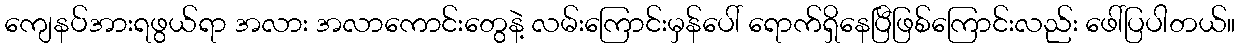
ကျေနပ်အားရဖွယ်ရာ အလား အလာကောင်းတွေနဲ့ လမ်းကြောင်းမှန်ပေါ် ရောက်ရှိနေပြီဖြစ်ကြောင်းလည်း ဖေါ်ပြပါတယ်။